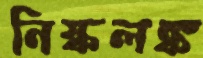
নিষ্কলঙ্ক